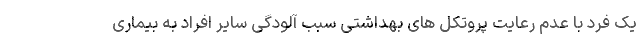
یک فرد با عدم رعایت پروتکل های بهداشتی سبب آلودگی سایر افراد به بیماری